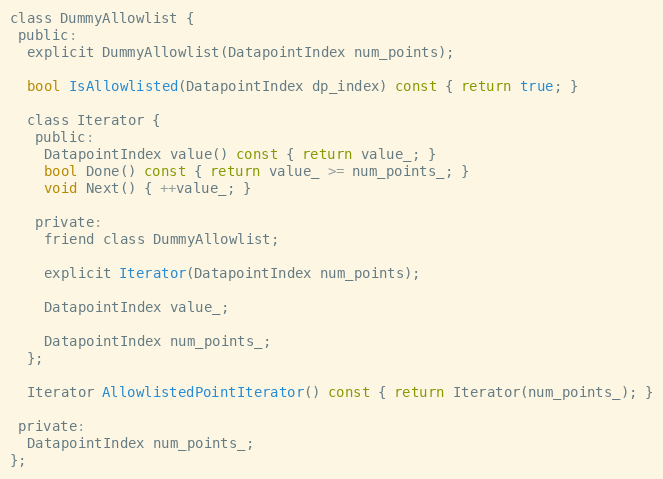
Language: C
class DummyAllowlist {
 public:
  explicit DummyAllowlist(DatapointIndex num_points);

  bool IsAllowlisted(DatapointIndex dp_index) const { return true; }

  class Iterator {
   public:
    DatapointIndex value() const { return value_; }
    bool Done() const { return value_ >= num_points_; }
    void Next() { ++value_; }

   private:
    friend class DummyAllowlist;

    explicit Iterator(DatapointIndex num_points);

    DatapointIndex value_;

    DatapointIndex num_points_;
  };

  Iterator AllowlistedPointIterator() const { return Iterator(num_points_); }

 private:
  DatapointIndex num_points_;
};